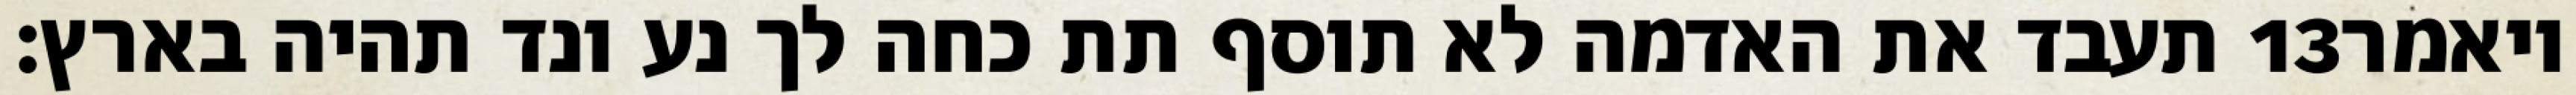
תעבד את האדמה לא תוסף תת כחה לך נע ונד תהיה בארץ׃ ‎13‏ ויאמר